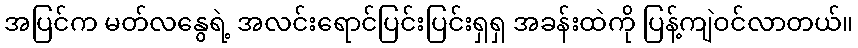
အပြင်က မတ်လနွေရဲ့ အလင်းရောင်ပြင်းပြင်းရှရှ အခန်းထဲကို ပြန့်ကျဲဝင်လာတယ်။